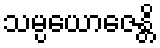
သမ္ပယောဇေန္တိ